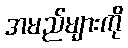
အမည်များကို